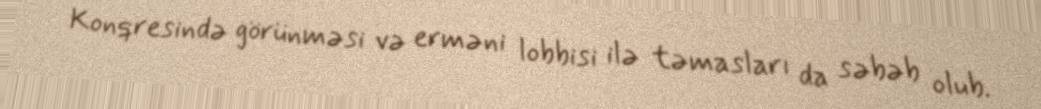
Konqresində görünməsi və erməni lobbisi ilə təmasları da səbəb olub.